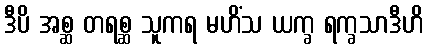
ဒီပိ အစ္ဆ တရစ္ဆ သူကရ မဟိံသ ယက္ခ ရက္ခသာဒီဟိ